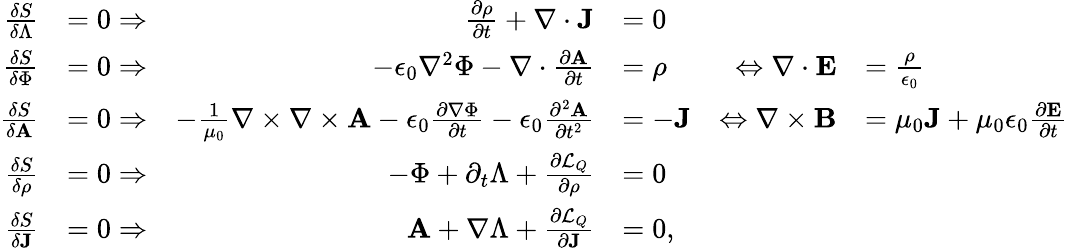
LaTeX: \begin{array}{rlrlrl}{\frac{\delta S}{\delta\Lambda}}&{=0\Rightarrow}&{\frac{\partial\rho}{\partial t}+\nabla\cdot\mathbf{J}}&{=0}\\ {\frac{\delta S}{\delta\Phi}}&{=0\Rightarrow}&{-\epsilon_{0}\nabla^{2}\Phi-\nabla\cdot\frac{\partial\mathbf{A}}{\partial t}}&{=\rho}&{\Leftrightarrow\nabla\cdot\mathbf{E}}&{=\frac{\rho}{\epsilon_{0}}}\\ {\frac{\delta S}{\delta\mathbf{A}}}&{=0\Rightarrow}&{-\frac{1}{\mu_{0}}\nabla\times\nabla\times\mathbf{A}-\epsilon_{0}\frac{\partial\nabla\Phi}{\partial t}-\epsilon_{0}\frac{\partial^{2}\mathbf{A}}{\partial t^{2}}}&{=-\mathbf{J}}&{\Leftrightarrow\nabla\times\mathbf{B}}&{=\mu_{0}\mathbf{J}+\mu_{0}\epsilon_{0}\frac{\partial\mathbf{E}}{\partial t}}\\ {\frac{\delta S}{\delta\rho}}&{=0\Rightarrow}&{-\Phi+\partial_{t}\Lambda+\frac{\partial\mathcal{L}_{Q}}{\partial\rho}}&{=0}\\ {\frac{\delta S}{\delta\mathbf{J}}}&{=0\Rightarrow}&{\mathbf{A}+\nabla\Lambda+\frac{\partial\mathcal{L}_{Q}}{\partial\mathbf{J}}}&{=0,}\end{array}